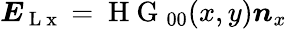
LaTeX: \boldsymbol{E}_{\mathrm{~L~x~}}=\mathrm{~H~G~}_{00}(x,y)\boldsymbol{n}_{x}